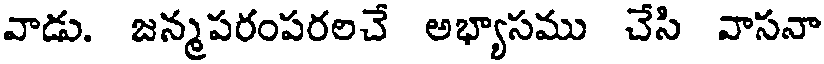
వాడు. జన్మపరంపరలచే అభ్యాసము చేసి వాసనా